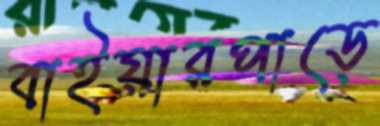
বাইয়ারপাড়ে